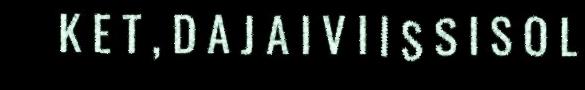
K E T , D A J A I V I I S S I S O L